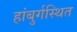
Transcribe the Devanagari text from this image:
हांबुर्गस्थित